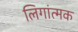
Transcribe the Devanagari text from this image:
लिगांत्मक